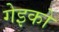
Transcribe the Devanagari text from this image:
गेइको